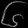
Digit: ၆